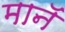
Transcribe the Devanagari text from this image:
मानॅ